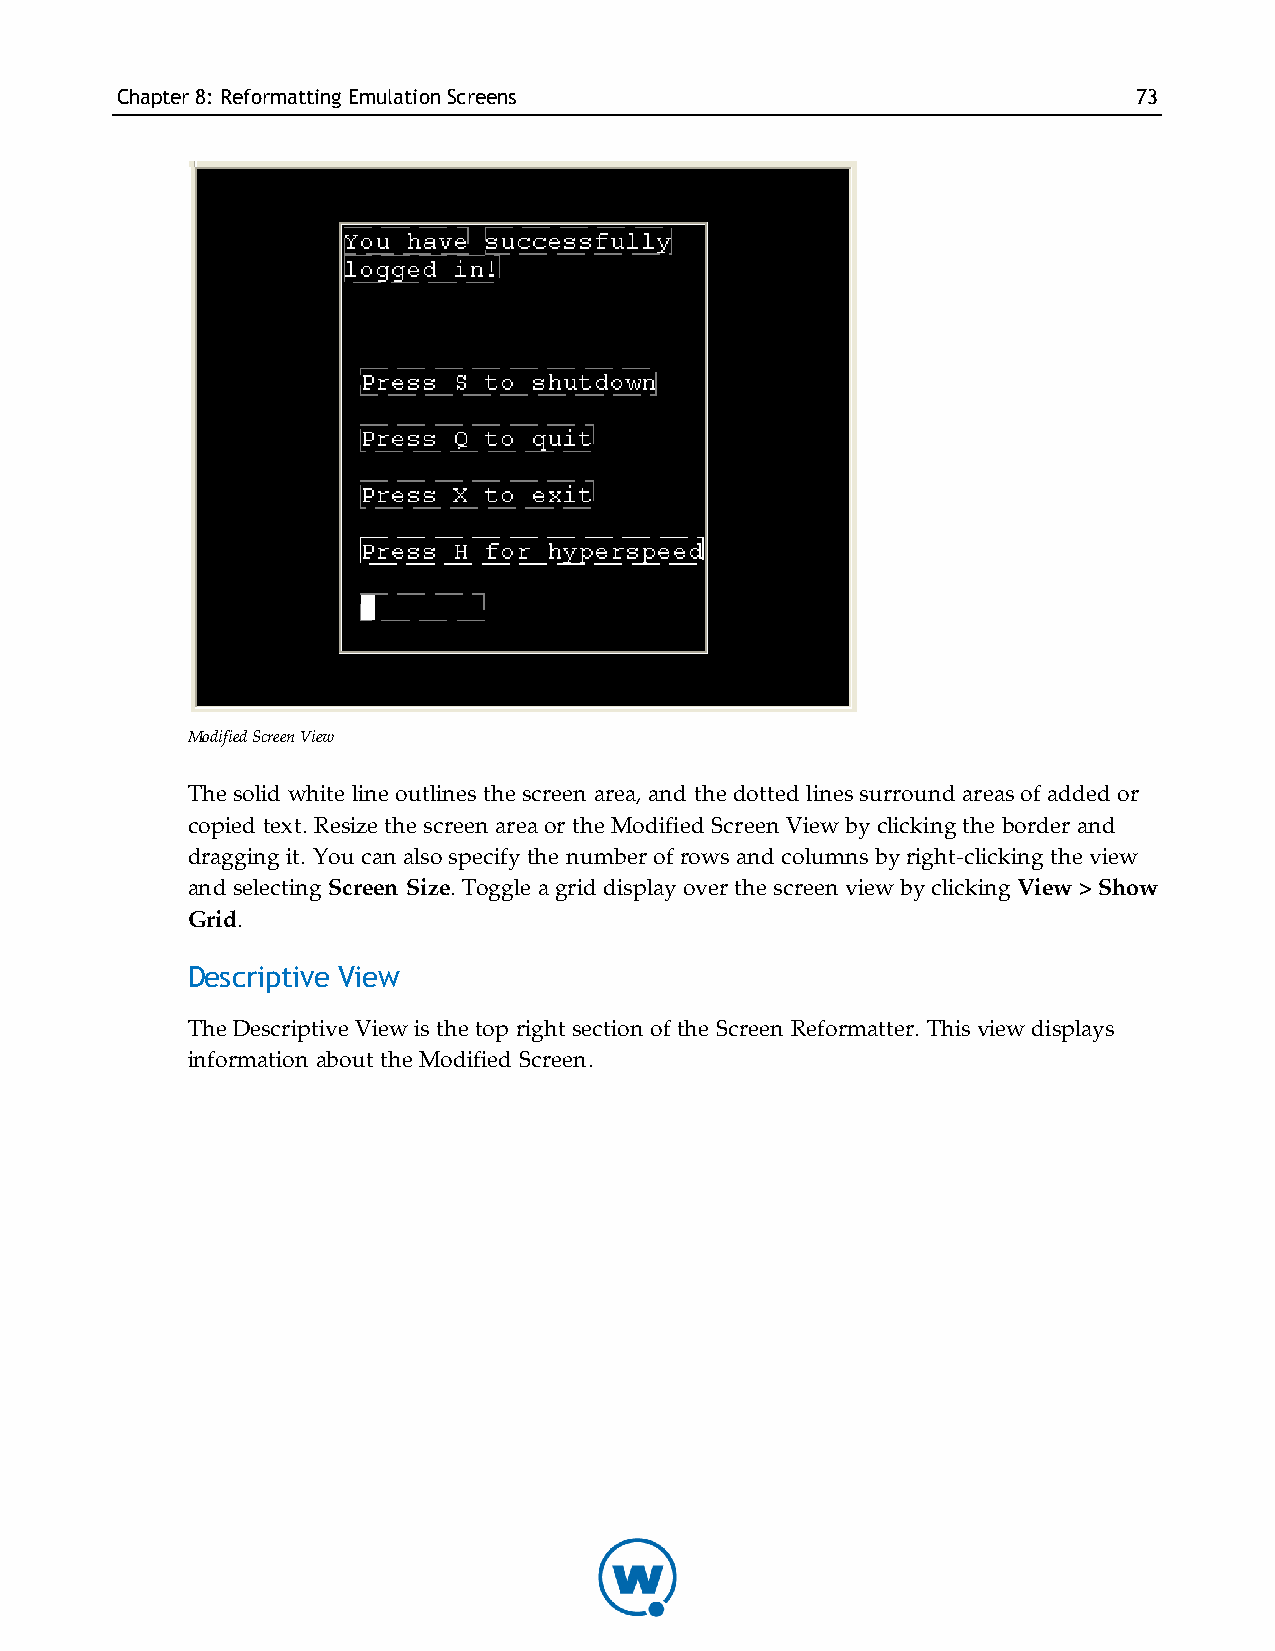
Chapter8: Reformatting EmulationScreens                            73
 Modified Screen View
 The solid white line outlines the screen area, and the dotted lines surround areas of added or
 copied text. Resize the screen area or the Modified Screen View by clicking the border and
 dragging it. You can also specify the number of rows and columns by right-clicking the view
 and selecting Screen Size. Toggle a grid display over the screen view by clicking View > Show
 Grid.
 Descriptive View
 The Descriptive View is the top right section of the Screen Reformatter. This view displays
 information about the Modified Screen.